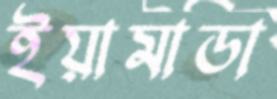
ইয়ামাডা